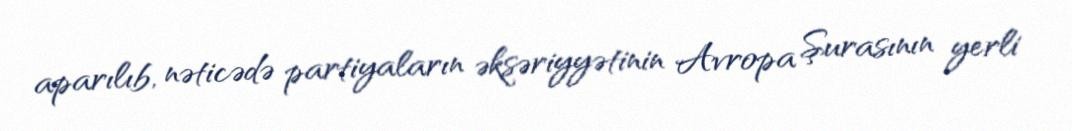
aparılıb, nəticədə partiyaların əksəriyyətinin Avropa Şurasının yerli